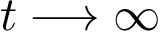
t \longrightarrow \infty